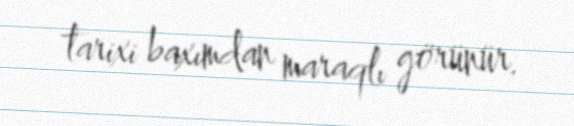
tarixi baxımdan maraqlı görünür.